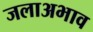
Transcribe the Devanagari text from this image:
जलाअभाव